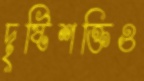
দৃষ্টিশক্তিও